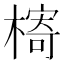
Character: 槣